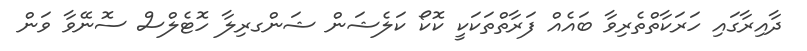
ދާއިރާގައި ހަރަކާތްތެރިވާ ބައެއް ފަރާތްތަކަކީ ކޮކޯ ކަލެޝަން ޝަންގރިލާ ހޮޓެލްސް ސޮނޭވާ ވަން